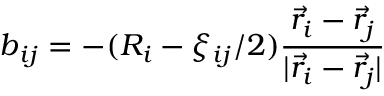
\boldsymbol { b } _ { i j } = - ( R _ { i } - \xi _ { i j } / 2 ) \frac { \vec { r } _ { i } - \vec { r } _ { j } } { | \vec { r } _ { i } - \vec { r } _ { j } | }